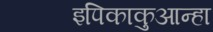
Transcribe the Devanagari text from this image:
इपिकाकुआन्हा